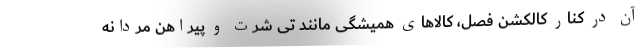
آن در کنار کالکشن فصل، کالاهای همیشگی مانند تی شرت و پیراهن مردانه